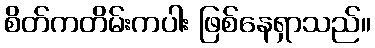
စိတ်ကတိမ်းကပါး ဖြစ်နေရှာသည်။